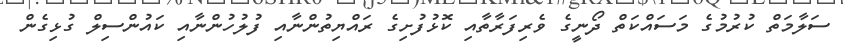
ސަލާމަތް ކުރުމުގެ މަސައްކަތް ދޯނީގެ ވެރިފަރާތާއި ކޮޅުފުށިގެ ރައްޔިތުންނާއި ފުލުހުންނާއި ކައުންސިލް ގުޅިގެން